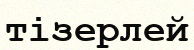
тізерлей